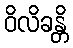
ဝိလိခန္တိ